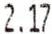
2.17